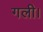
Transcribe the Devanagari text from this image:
गली।